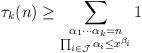
LaTeX: \begin{align*} \tau_k(n) \ge \sum_{ \substack{\alpha_1 \cdots \alpha_k = n \\ \prod_{i \in \mathcal{J}} \alpha_i \le x^{\beta_i}}} 1\end{align*}